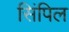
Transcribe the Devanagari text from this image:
सिंपिल